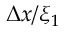
\Delta x / \xi _ { 1 }